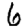
Digit: 6